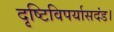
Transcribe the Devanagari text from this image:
दृष्टिविपर्यासदंड।